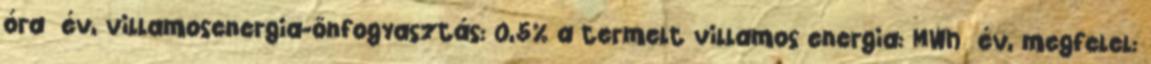
óra év, villamosenergia-önfogyasztás: 0,5% a termelt villamos energia: MWh év, megfelel: